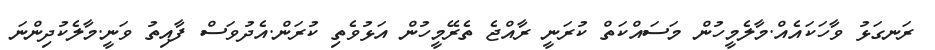
ރަނގަޅު ވާހަކައެއް.މާލެމީހުން މަސައްކަތް ކުރަނީ ރާއްޖެ ތެރޭމީހުން އަޅުވެތި ކުރަން.އެދުވަސް ފާއިތު ވަނީ.މާލެކުދިންނަ